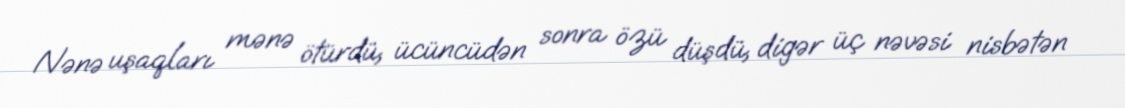
Nənə uşaqları mənə ötürdü, ücüncüdən sonra özü düşdü, digər üç nəvəsi nisbətən